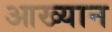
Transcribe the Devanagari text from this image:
आख्‍यान